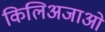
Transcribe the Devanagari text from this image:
किलिअजाओ